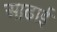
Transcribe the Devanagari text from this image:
आढाई